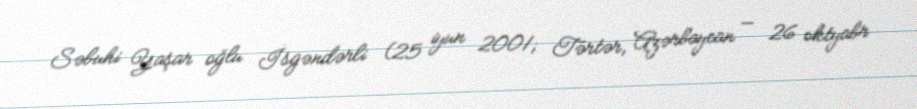
Səbuhi Yaşar oğlu İsgəndərli (25 iyun 2001; Tərtər, Azərbaycan — 26 oktyabr